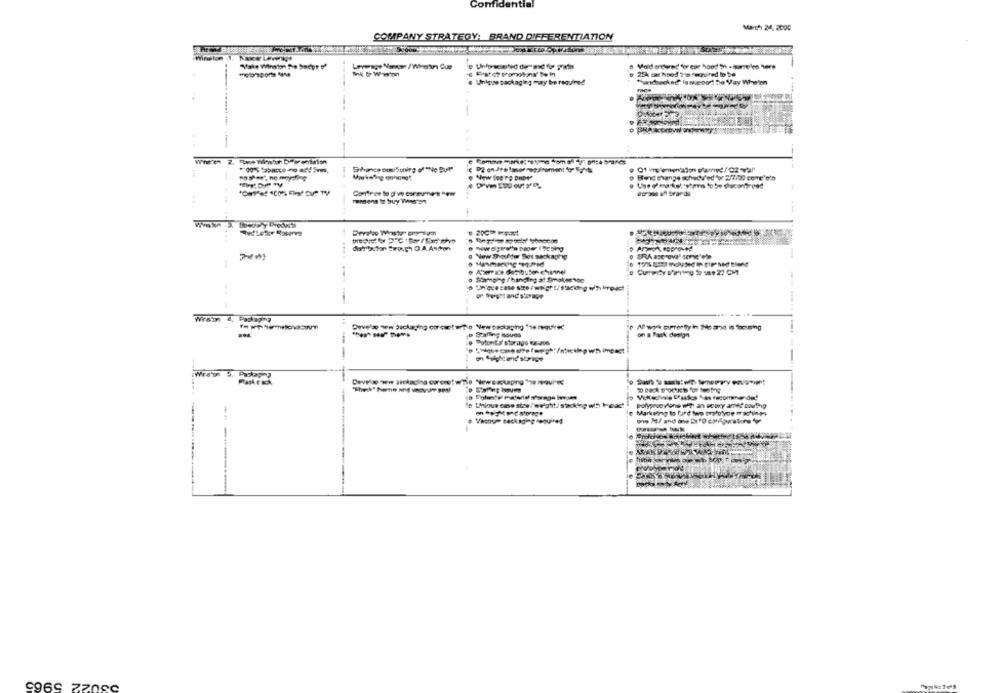
Confident
MAIL: 24, 2000
COMPANY STRATEGY: BRAND DIFFERENTIATION
"fake Winston So Socps of
Leverage Nowe /Wein Que
1 - Www
H hood Y's required lo be
Unique packaging may be required
"undsocket is scoort ho Vay Whelen
-
New Shaufder Sex Backaghe
-
o Stamping /'hanging at Simokeenon
---- -
Wirsun 4. Packaging
Staffing issues
on a Flask design
Dotonta storage 6z:aos
----
Develge ww arckacina coronet wile Newsackaping ™s raui **
e Unique cese stre / weight/ stacking w5 head
polyprocyone with an ecury amet couting
Marking to ford two trolo'ye machines
-------
9969 ZZ0SC